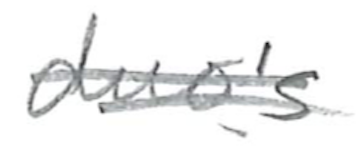
Text: duo's
Cross-out: double-line
Writing tool: pencil